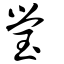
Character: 瑩